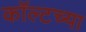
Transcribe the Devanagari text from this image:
कॉल्टच्या